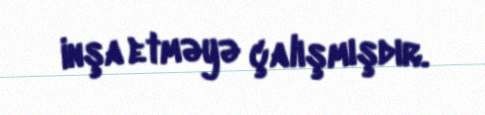
inşa etməyə çalışmışdır.